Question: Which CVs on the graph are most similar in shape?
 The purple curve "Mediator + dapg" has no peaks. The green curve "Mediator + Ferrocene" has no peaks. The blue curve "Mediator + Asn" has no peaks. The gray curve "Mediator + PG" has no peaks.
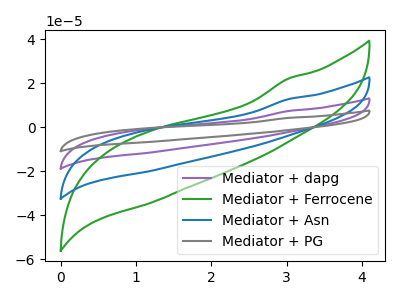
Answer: <think>Neither "Mediator + dapg" or "Mediator + Ferrocene" have any peaks. Neither "Mediator + dapg" or "Mediator + Asn" have any peaks. Neither "Mediator + dapg" or "Mediator + PG" have any peaks. Neither "Mediator + Ferrocene" or "Mediator + Asn" have any peaks. Neither "Mediator + Ferrocene" or "Mediator + PG" have any peaks. Neither "Mediator + Asn" or "Mediator + PG" have any peaks.
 </think>
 <answer>"Mediator + Ferrocene", "Mediator + dapg", "Mediator + Asn" and "Mediator + PG" have the same shape and are likely CV's of the same chemical.</answer>
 <eval>"Mediator + Ferrocene" "Mediator + dapg" "Mediator + Asn" "Mediator + PG"</eval>